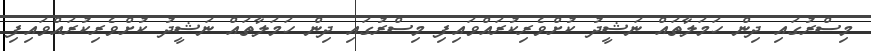
މިސްރުގައި ދިން ހަމަލާތައް ނަޝީދު ކުށްވެރިކުރައްވައިފި މިސްރުގައި ދިން ހަމަލާތައް ނަޝީދު ކުށްވެރިކުރައްވައިފި